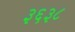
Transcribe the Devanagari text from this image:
३६३८